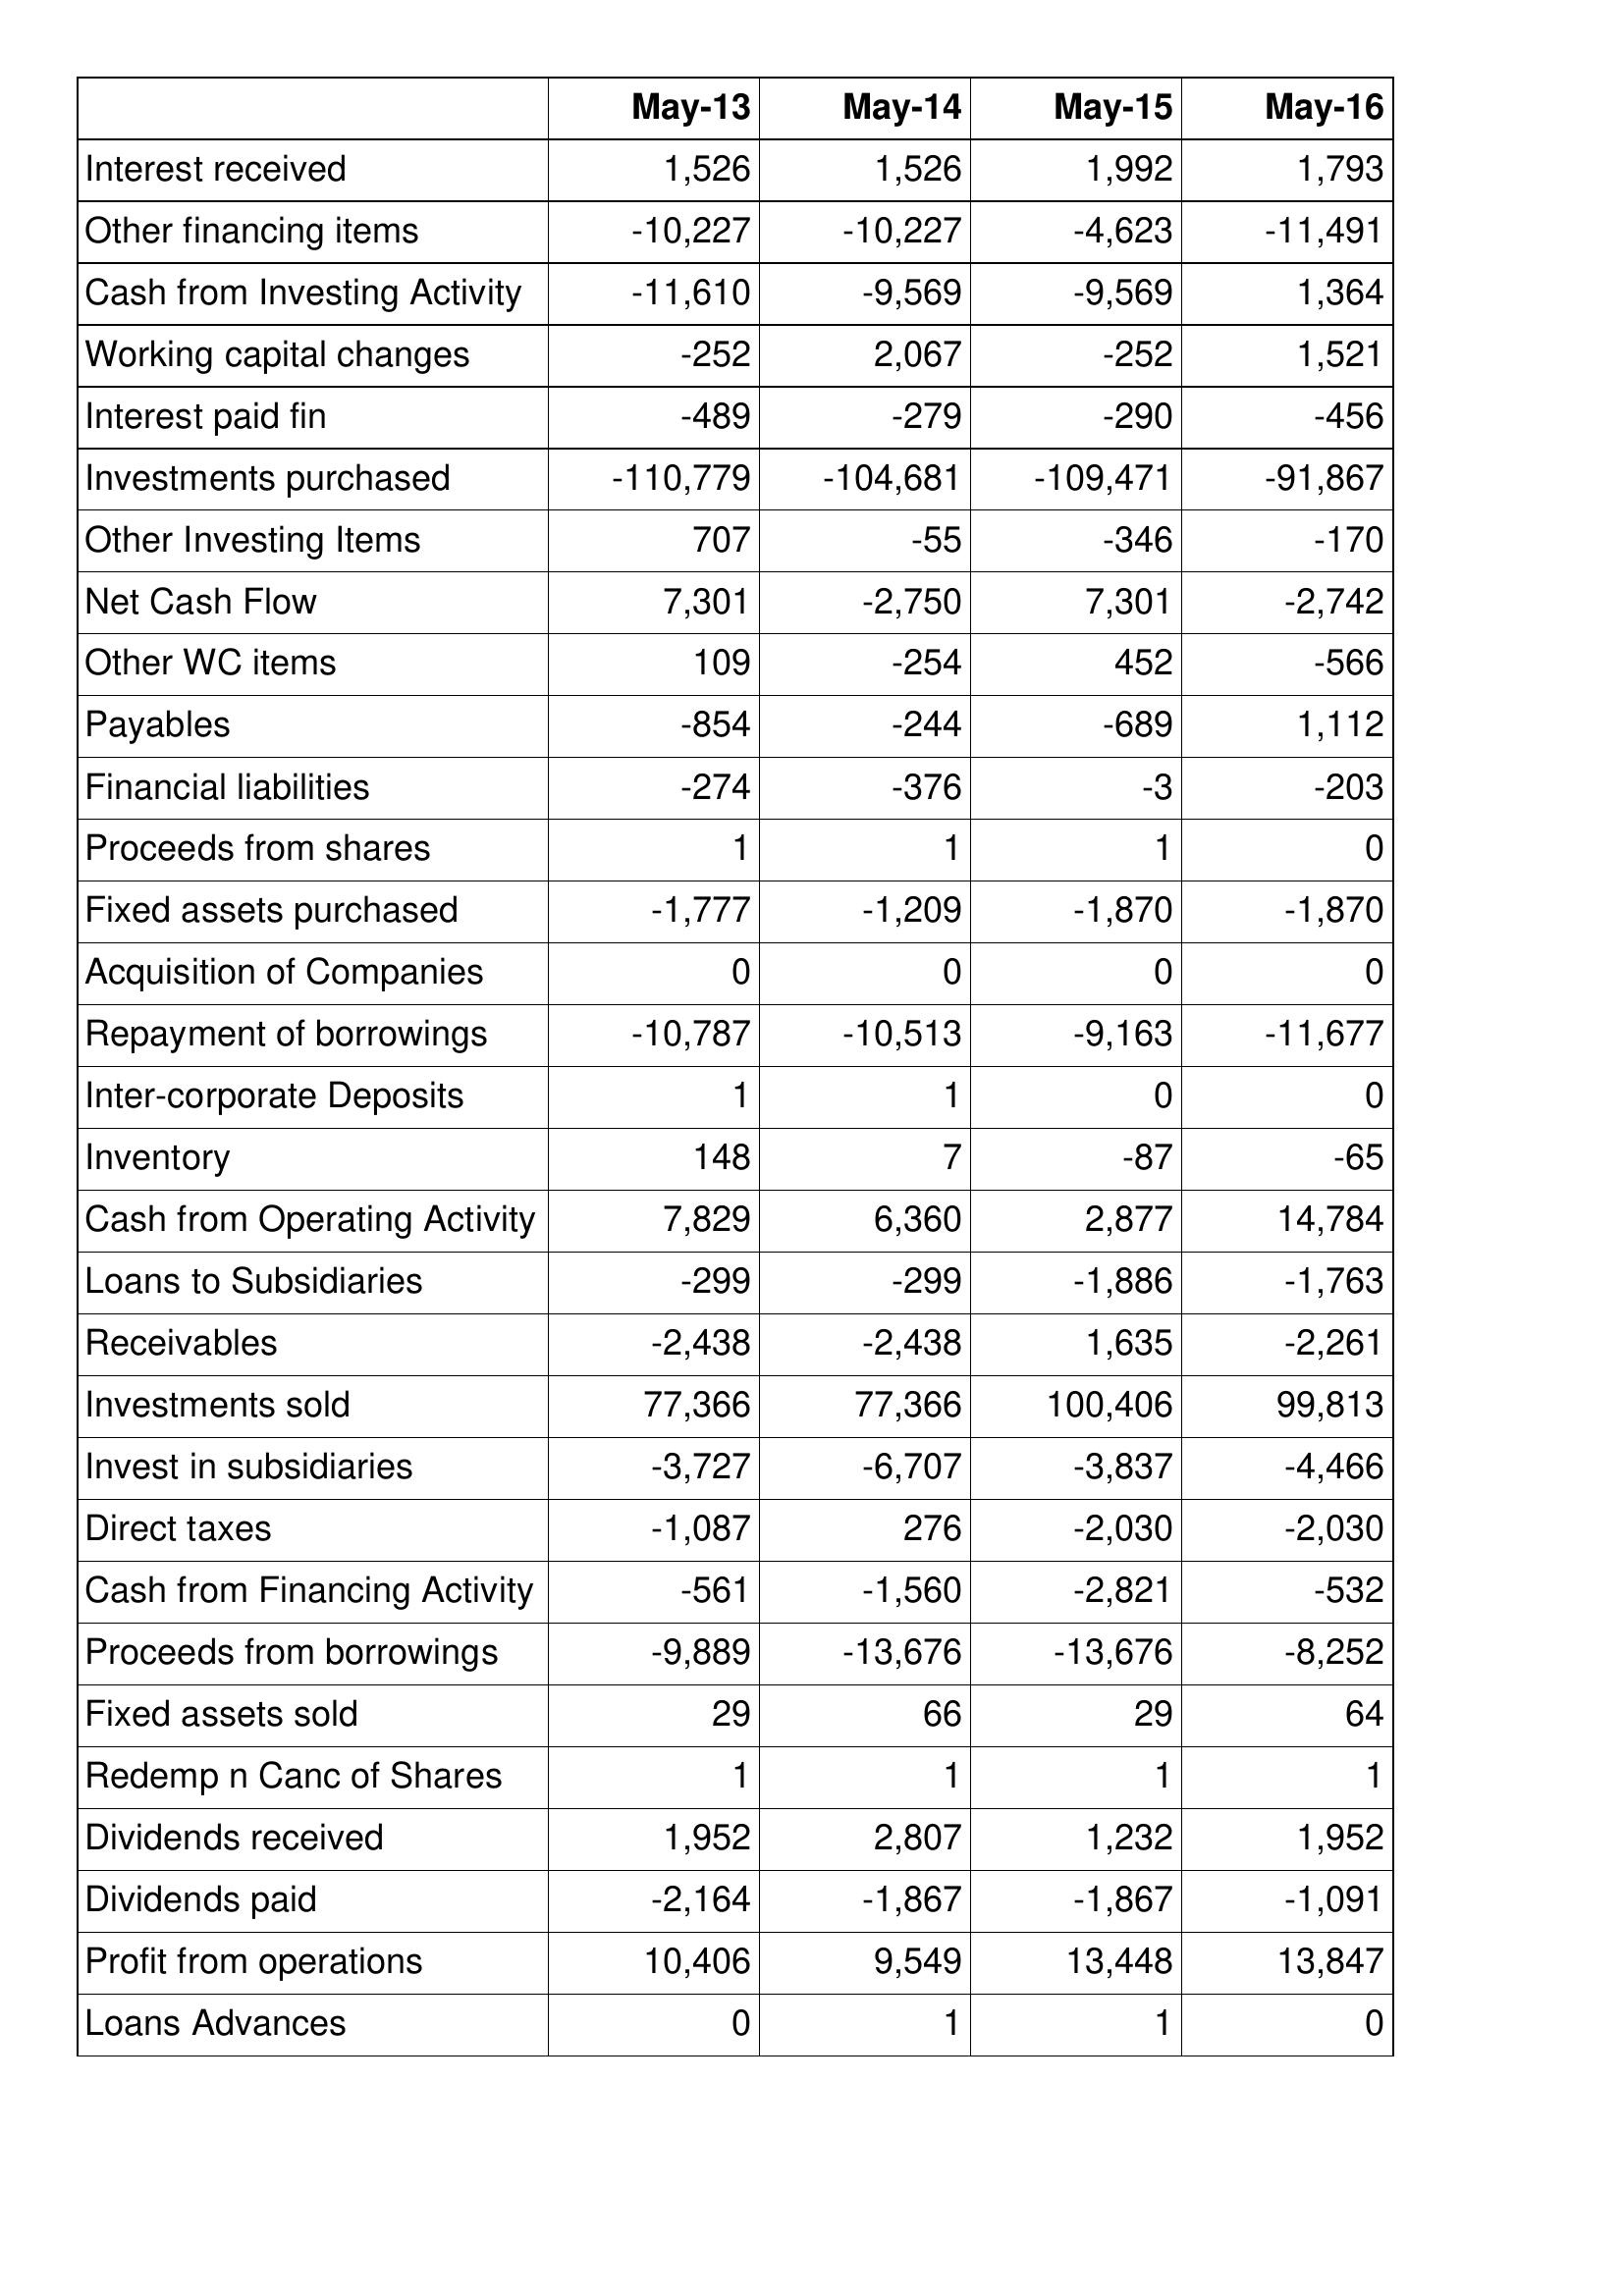
May-13: Cash Flows: Interest received: 1,526
Other financing items: -10,227
Cash from Investing Activity: -11,610
Working capital changes: -252
Interest paid fin: -489
Investments purchased: -110,779
Other Investing Items: 707
Net Cash Flow: 7,301
Other WC items: 109
Payables: -854
Financial liabilities: -274
Proceeds from shares: 1
Fixed assets purchased: -1,777
Acquisition of Companies: 0
Repayment of borrowings: -10,787
Inter-corporate Deposits: 1
Inventory: 148
Cash from Operating Activity: 7,829
Loans to Subsidiaries: -299
Receivables: -2,438
Investments sold: 77,366
Invest in subsidiaries: -3,727
Direct taxes: -1,087
Cash from Financing Activity: -561
Proceeds from borrowings: -9,889
Fixed assets sold: 29
Redemp n Canc of Shares: 1
Dividends received: 1,952
Dividends paid: -2,164
Profit from operations: 10,406
Loans Advances: 0
May-14: Cash Flows: Interest received: 1,526
Other financing items: -10,227
Cash from Investing Activity: -9,569
Working capital changes: 2,067
Interest paid fin: -279
Investments purchased: -104,681
Other Investing Items: -55
Net Cash Flow: -2,750
Other WC items: -254
Payables: -244
Financial liabilities: -376
Proceeds from shares: 1
Fixed assets purchased: -1,209
Acquisition of Companies: 0
Repayment of borrowings: -10,513
Inter-corporate Deposits: 1
Inventory: 7
Cash from Operating Activity: 6,360
Loans to Subsidiaries: -299
Receivables: -2,438
Investments sold: 77,366
Invest in subsidiaries: -6,707
Direct taxes: 276
Cash from Financing Activity: -1,560
Proceeds from borrowings: -13,676
Fixed assets sold: 66
Redemp n Canc of Shares: 1
Dividends received: 2,807
Dividends paid: -1,867
Profit from operations: 9,549
Loans Advances: 1
May-15: Cash Flows: Interest received: 1,992
Other financing items: -4,623
Cash from Investing Activity: -9,569
Working capital changes: -252
Interest paid fin: -290
Investments purchased: -109,471
Other Investing Items: -346
Net Cash Flow: 7,301
Other WC items: 452
Payables: -689
Financial liabilities: -3
Proceeds from shares: 1
Fixed assets purchased: -1,870
Acquisition of Companies: 0
Repayment of borrowings: -9,163
Inter-corporate Deposits: 0
Inventory: -87
Cash from Operating Activity: 2,877
Loans to Subsidiaries: -1,886
Receivables: 1,635
Investments sold: 100,406
Invest in subsidiaries: -3,837
Direct taxes: -2,030
Cash from Financing Activity: -2,821
Proceeds from borrowings: -13,676
Fixed assets sold: 29
Redemp n Canc of Shares: 1
Dividends received: 1,232
Dividends paid: -1,867
Profit from operations: 13,448
Loans Advances: 1
May-16: Cash Flows: Interest received: 1,793
Other financing items: -11,491
Cash from Investing Activity: 1,364
Working capital changes: 1,521
Interest paid fin: -456
Investments purchased: -91,867
Other Investing Items: -170
Net Cash Flow: -2,742
Other WC items: -566
Payables: 1,112
Financial liabilities: -203
Proceeds from shares: 0
Fixed assets purchased: -1,870
Acquisition of Companies: 0
Repayment of borrowings: -11,677
Inter-corporate Deposits: 0
Inventory: -65
Cash from Operating Activity: 14,784
Loans to Subsidiaries: -1,763
Receivables: -2,261
Investments sold: 99,813
Invest in subsidiaries: -4,466
Direct taxes: -2,030
Cash from Financing Activity: -532
Proceeds from borrowings: -8,252
Fixed assets sold: 64
Redemp n Canc of Shares: 1
Dividends received: 1,952
Dividends paid: -1,091
Profit from operations: 13,847
Loans Advances: 0